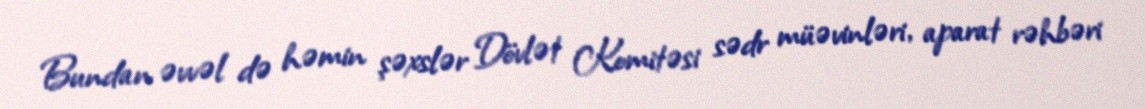
Bundan əvvəl də həmin şəxslər Dövlət Komitəsi sədr müəvinləri, aparat rəhbəri